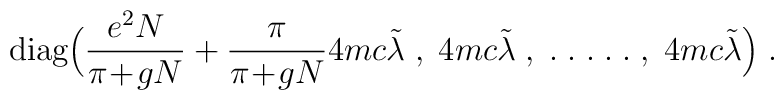
\mbox{diag} \Big( \frac{e^2 N}{\pi\!+\!gN}+ \frac{\pi}{\pi\!+\!gN} 4 mc \tilde{\lambda} \; , \;  4 mc \tilde{\lambda} \;, \; . \; . \; . \; .\; . \; , \;4 mc \tilde{\lambda} \Big) \; .